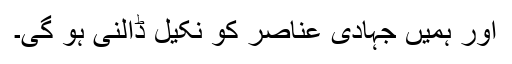
اور ہمیں جہادی عناصر کو نکیل ڈالنی ہو گی۔